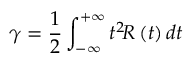
\gamma = \frac { 1 } { 2 } \int _ { - \infty } ^ { + \infty } t ^ { 2 } \! R \left( t \right) { d t }